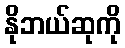
နိုဘယ်ဆုကို